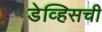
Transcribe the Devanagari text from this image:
डेव्हिसची